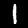
Label: 1